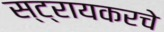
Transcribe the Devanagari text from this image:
स्ट्रायकरचे